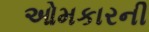
ઓમકારની